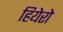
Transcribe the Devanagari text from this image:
हियेरो